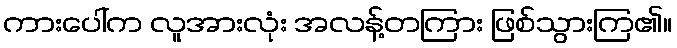
ကားပေါ်က လူအားလုံး အလန့်တကြား ဖြစ်သွားကြ၏။